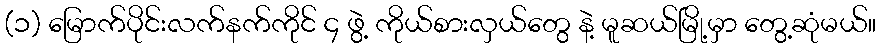
(၁) မြောက်ပိုင်းလက်နက်ကိုင် ၄ ဖွဲ့ ကိုယ်စားလှယ်တွေ နဲ့ မူဆယ်မြို့မှာ တွေ့ဆုံမယ်။